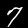
Label: 7